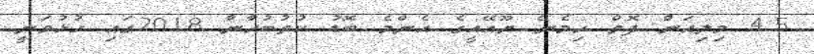
4.5 މިލިއަން ފޮތް ހިމެނޭ ޔޫއޭއީގެ އެންމެ ބޮޑު ކުތުބުހާނާ 2018ގައި ހުޅުވަނީ